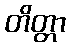
တိတ္တာ